Annual report of the Imperial Bacteriologist
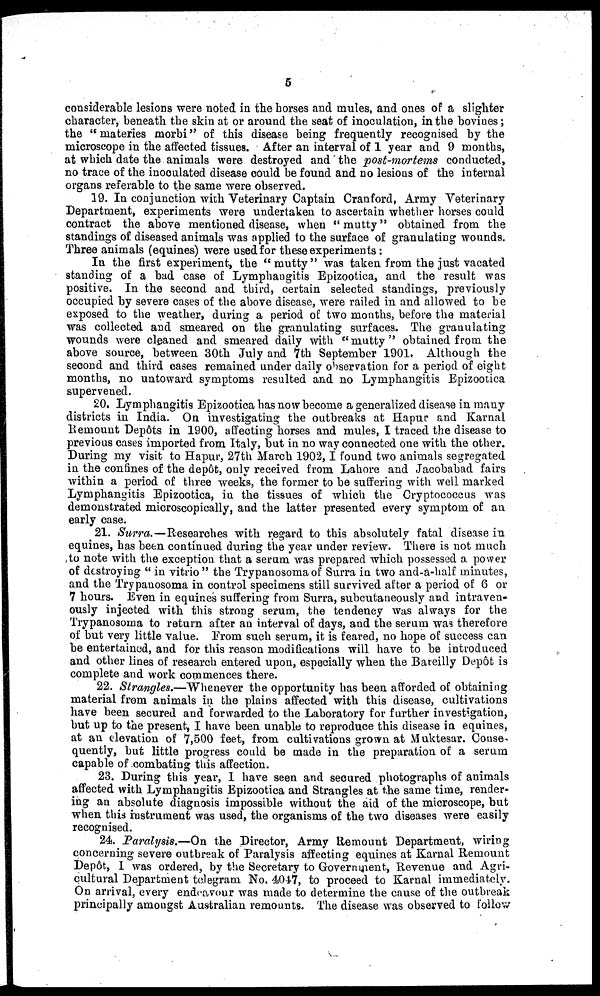
5
considerable lesions were noted in the horses and mules, and ones of a slighter
character, beneath the skin at or around the seat of inoculation, in the bovines;
the "materies morbi" of this disease being frequently recognised by the
microscope in the affected tissues. After an interval of 1 year and 9 months,
at which date the animals were destroyed and the post-mortems conducted,
no trace of the inoculated disease could be found and no lesions of the internal
organs referable to the same were observed.
19. In conjunction with Veterinary Captain Cranford, Army Veterinary
Department, experiments were undertaken to ascertain whether horses could
contract the above mentioned disease, when " mutty" obtained from the
standings of diseased animals was applied to the surface of granulating wounds.
Three animals (equines) were used for these experiments:
In the first experiment, the " mutty " was taken from the just vacated
standing of a bad case of Lymphangitis Epizootica, and the result was
positive. In the second and third, certain selected standings, previously
occupied by severe cases of the above disease, were railed in and allowed to be
exposed to the weather, during a period of two months, before the material
was collected and smeared on the granulating surfaces. The granulating
wounds were cleaned and smeared daily with " mutty " obtained from the
above source, between 30th July and 7th September 1901. Although the
second and third cases remained under daily observation for a period of eight
months, no untoward symptoms resulted and no Lymphangitis Epizootica
supervened.
20. Lymphangitis Epizootica has now become a generalized disease in many
districts in India. On investigating the outbreaks at Hapur and Karnal
Remount Depôts in 1900, affecting horses and mules, I traced the disease to
previous cases imported from Italy, but in no way connected one with the other.
During my visit to Hapur, 27th March 1902,I found two animals segregated
in the confines of the depôt, only received from Lahore and Jacobabad fairs
within a period of three weeks, the former to be suffering with well marked
Lymphangitis Epizootica, in the tissues of which the Cryptococcus was
demonstrated microscopically, and the latter presented every symptom of an
early case.
21. Surra.—Researches with regard to this absolutely fatal disease in
equines, has been continued during the year under review. There is not much
to note with the exception that a serum was prepared which possessed a power
of destroying " in vitrio " the Trypanosoma of Surra in two and-a-half minutes,
and the Trypanosoma in control specimens still survived after a period of 6 or
7 hours. Even in equines suffering from Surra, subcutaneously and intraven-
ously injected with this strong serum, the tendency was always for the
Trypanosoma to return after an interval of days, and the serum was therefore
of but very little value. From such serum, it is feared, no hope of success can
be entertained, and for this reason modifications will have to be introduced
and other lines of research entered upon, especially when the Bareilly Depôt is
complete and work commences there.
22. Strangles.—Whenever the opportunity has been afforded of obtaining
material from animals in the plains affected with this disease, cultivations
have been secured and forwarded to the Laboratory for further investigation,
but up to the present, I have been unable to reproduce this disease in equines,
at an elevation of 7,500 feet, from cultivations grown at Muktesar. Conse-
quently, but little progress could be made in the preparation of a serum
capable of combating this affection.
23. During this year, I have seen and secured photographs of animals
affected with Lymphangitis Epizootica and Strangles at the same time, render-
ing an absolute diagnosis impossible without the aid of the microscope, but
when this instrument was used, the organisms of the two diseases were easily
recognised.
24. Paralysis.—On the Director, Army Remount Department, wiring
concerning severe outbreak of Paralysis affecting equines at Karnal Remount
Depôt, I was ordered, by the Secretary to Government, Revenue and Agri-
cultural Department telegram No. 4047, to proceed to Karnal immediately
On arrival, every endeavour was made to determine the cause of the outbreak
principally amongst Australian remounts. The disease was observed to follow